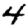
Digit: 4